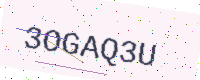
Text: 3OGAQ3U